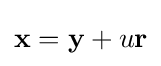
\mathbf {x} =\mathbf {y} +u\mathbf {r}